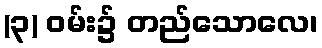
(၃) ဝမ်း၌ တည်သောလေ၊